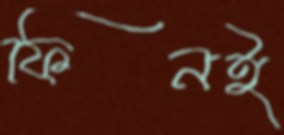
ফিনই